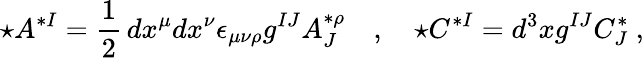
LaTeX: \star A^{*I}=\frac 12\, dx^{\mu}dx^{\nu}\epsilon_{\mu\nu\rho}g^{IJ}A_{J}^{*\rho}\quad,\quad\star C^{*I}=d^{3}xg^{IJ}C_{J}^{*}\ ,